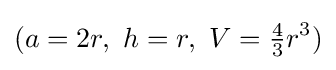
(a=2r,\ h=r,\ V={\tfrac {4}{3}}r^{3})